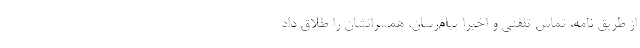
از طریق نامه، تماس تلفنی و اخیرا پیام‌رسان، همسرانشان را طلاق داد